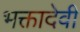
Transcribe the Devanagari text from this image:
भक्तादेवी